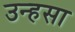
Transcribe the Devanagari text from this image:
उन्हसा